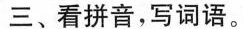
三、看拼音，写词语。